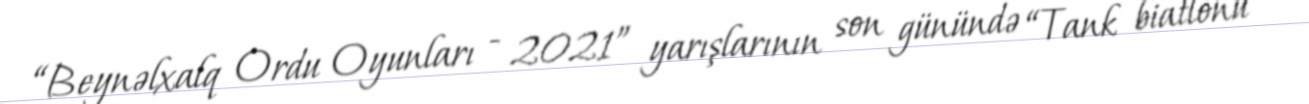
“Beynəlxalq Ordu Oyunları - 2021” yarışlarının son günündə “Tank biatlonu”